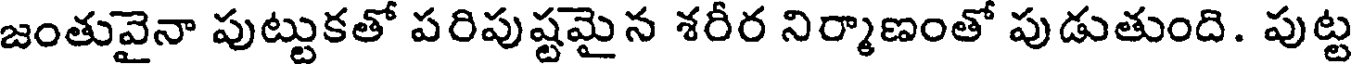
జంతువైనా పుట్టుకతో పరిపుష్టమైన శరీర నిర్మాణంతో పుడుతుంది. పుట్ట